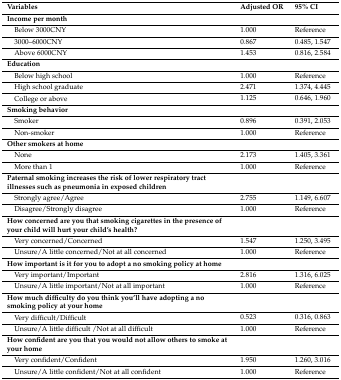
<table><thead><tr><td><b>Variables</b></td><td><b>Adjusted OR</b></td><td><b>95% CI</b></td></tr></thead><tbody><tr><td><b>Income per month</b></td><td></td><td></td></tr><tr><td> Below 3000CNY </td><td>1.000</td><td>Reference</td></tr><tr><td> 3000–6000CNY </td><td>0.867</td><td>0.485, 1.547</td></tr><tr><td> Above 6000CNY </td><td>1.453</td><td>0.816, 2.584</td></tr><tr><td><b>Education</b></td><td></td><td></td></tr><tr><td> Below high school</td><td>1.000</td><td>Reference</td></tr><tr><td> High school graduate</td><td>2.471</td><td>1.374, 4.445</td></tr><tr><td> College or above</td><td>1.125</td><td>0.646, 1.960</td></tr><tr><td><b>Smoking behavior</b></td><td></td><td></td></tr><tr><td> Smoker</td><td>0.896</td><td>0.391, 2.053</td></tr><tr><td> Non-smoker</td><td>1.000</td><td>Reference</td></tr><tr><td><b>Other smokers at home</b></td><td></td><td></td></tr><tr><td> None</td><td>2.173</td><td>1.405, 3.361</td></tr><tr><td> More than 1</td><td>1.000</td><td>Reference</td></tr><tr><td><b>Paternal smoking increases the risk of lower respiratory tract illnesses such as pneumonia in exposed children</b></td><td></td><td></td></tr><tr><td> Strongly agree/Agree</td><td>2.755</td><td>1.149, 6.607</td></tr><tr><td> Disagree/Strongly disagree</td><td>1.000</td><td>Reference</td></tr><tr><td><b>How concerned are you that smoking cigarettes in the presence of your child will hurt your child’s health?</b></td><td></td><td></td></tr><tr><td> Very concerned/Concerned</td><td>1.547</td><td>1.250, 3.495</td></tr><tr><td> Unsure/A little concerned/Not at all concerned</td><td>1.000</td><td>Reference</td></tr><tr><td><b>How important is it for you to adopt a no smoking policy at home</b></td><td></td><td></td></tr><tr><td> Very important/Important</td><td>2.816</td><td>1.316, 6.025</td></tr><tr><td> Unsure/A little important/Not at all important</td><td>1.000</td><td>Reference</td></tr><tr><td><b>How much difficulty do you think you’ll have adopting a no smoking policy at your home</b></td><td></td><td></td></tr><tr><td> Very difficult/Difficult</td><td>0.523</td><td>0.316, 0.863</td></tr><tr><td> Unsure/A little difficult /Not at all difficult</td><td>1.000</td><td>Reference</td></tr><tr><td><b>How confident are you that you would not allow others to smoke at your home</b></td><td></td><td></td></tr><tr><td> Very confident/Confident </td><td>1.950</td><td>1.260, 3.016</td></tr><tr><td> Unsure/A little confident/Not at all confident</td><td>1.000</td><td>Reference</td></tr></tbody></table>